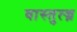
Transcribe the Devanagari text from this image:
वास्तुत्ज्न